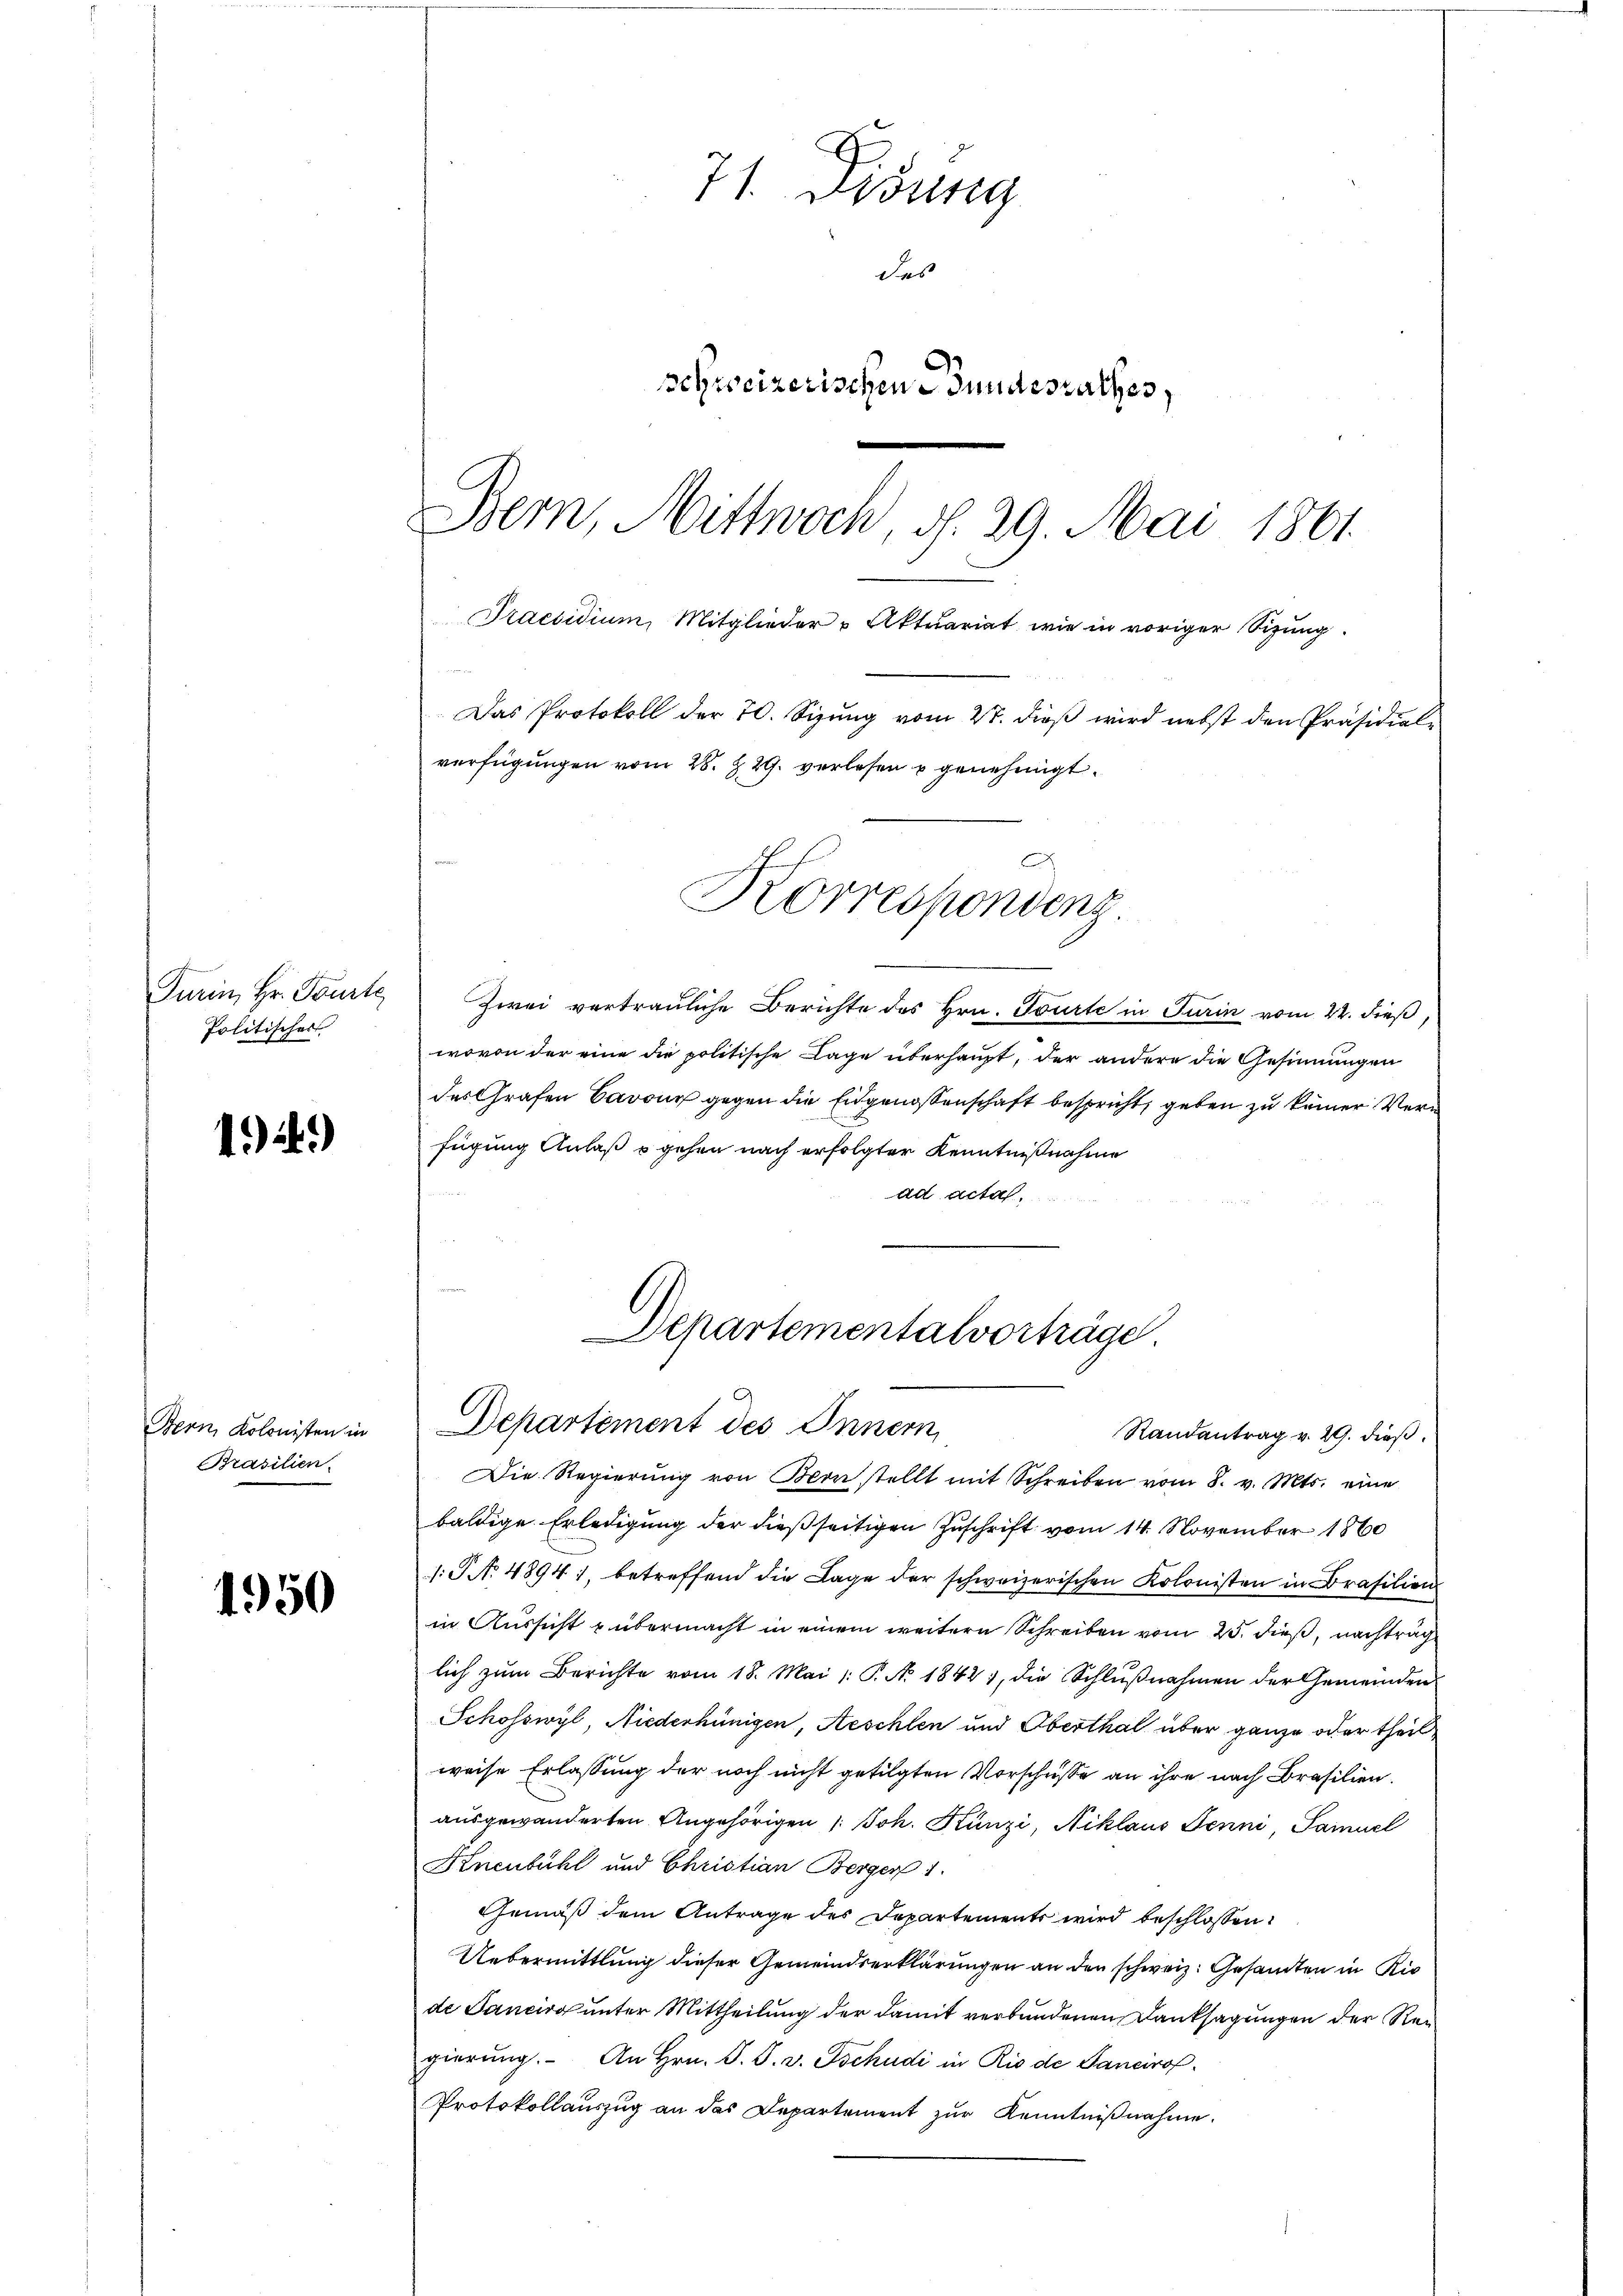
Turin, Hr. Tourte
Politischer

12)

Bern, Kolonisten in
Brasilien.

1950

71. Disung
das
schweizerischen Bundesrathes,
Bern, Mittwoch, d. 29. Mai 1861.
Praesidium, Mitglieder & Aktuariat wie in voriger Sizung.
Das Protokoll der 70. Sizung vom 27. dieß wird nebst den Präsidialverfügungen vom 28. Z. 29. verlesen u genehmigt.

Korrespondenz

Zwei vertrauliche Berichte des Hrn. Tourte in Turin vom 22. dieß,
wovon der eine die politische Lage überhaupt, der andere die Gesinnungen
des Grafen Cavour gegen die Eidgenossenschaft bespricht, geben zu keiner Verfügung Anlaß o gehen nach erfolgter Kenntnißnahme
ad acta.

Departementalvorträge.
Departement des Innern

Randantrag v. 29. dieß.
Die Regierŭng von Bonstellt mit Schreiben vom 8. v. Mts. eine
baldige Erledigung der dießseitigen Zuschrift vom 14. November 1860
s. S. 4894), betreffend die Lage der schweizerischen Kolonisten in Brasilien
in Aussicht u übermacht in einem weitern Schreiben vom 25. dieß, nachtrag
lich zum Berichte vom 18. Mai 1: P. N. 1842, die Schlŭβnahmen der Gemeinden
Schosswyl, Niederhünigen, Aeschlen und Oberthal über ganze oder theilweise Erlassung der noch nicht getilgten Vorschüsse an ihre nach Brasilien.
ausgewanderten Angehörigen 1. Joh. Künzi, Niklaus Jenni, Samuel
Knenbühl und Christian Berger 1.
Gemäß dem Antrage des Departements wird beschlossen:
Uebermittlung dieser Gemeindserklärungen an den schweiz. Gesamten in Ric
de Sancirg unter Mittheilung der damit verbundenen Danksagungen der Reigierŭng. An Hrn. S. S. v. Tschudi in Rio de Sancirof
Protokollauszug an das Departement zur Kenntnißnahme.